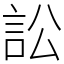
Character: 訟